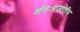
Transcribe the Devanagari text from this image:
अंतःप्रजातीय